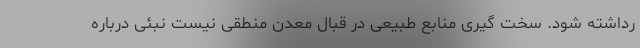
رداشته شود. سخت گیری منابع طبیعی در قبال معدن منطقی نیست نبئی درباره